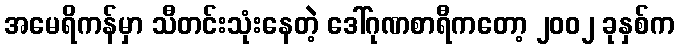
အမေရိကန်မှာ သီတင်းသုံးနေတဲ့ ဒေါ်ဂုဏစာရီကတော့ ၂၀၀၂ ခုနှစ်က